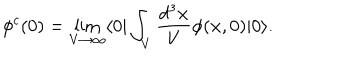
\phi ^ { c } ( 0 ) = \lim _ { V \rightarrow \infty } \langle 0 | \int _ { V } \frac { d ^ { 3 } { \bf x } } { V } \phi ( { \bf x } , 0 ) | 0 \rangle .